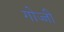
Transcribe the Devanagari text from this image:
गोज्जी